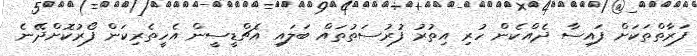
ފަރާތްތަކަށް ފައިސާ ދެއްކެން ހުރި އިތުރު ފުރުސަތުތައް ބަލައި އެޗްޑީސީން އެހީތެރިކަން ފޯރުކޮށްދޭނެ